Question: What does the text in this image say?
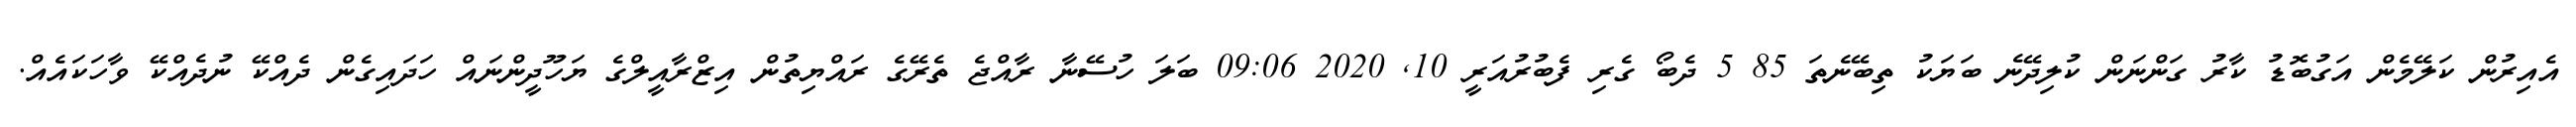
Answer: އެއިރުން ކަލޭމެން އަގުބޮޑު ކާރު ގަންނަން ކުލިދޭނެ ބަޔަކު ތިބޭނެތަ 85 5 ދެބޯ ގެރި ފެބުރުއަރީ 10, 2020 09:06 ބަލަ ހުސޭނާ ރާއްޖެ ތެރޭގެ ރައްޔިތުން އިޒްރާއީލްގެ ޔަހޫދީންނައް ހަދައިގެން ދެއްކޭ ނުދެއްކޭ ވާހަކައެއް.